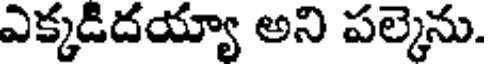
ఎక్కడిదయ్యా అని పల్కెను.